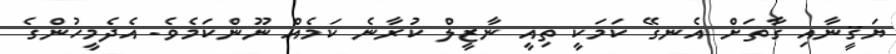
ޔަޤީނާއި ގާތަށް އެނގޭ ކަމަކީ ތިއީ ނާޒީލް ކުރާނެ ކަމެއް ނޫންކަމެވެ. އެދެމީހުންގެ